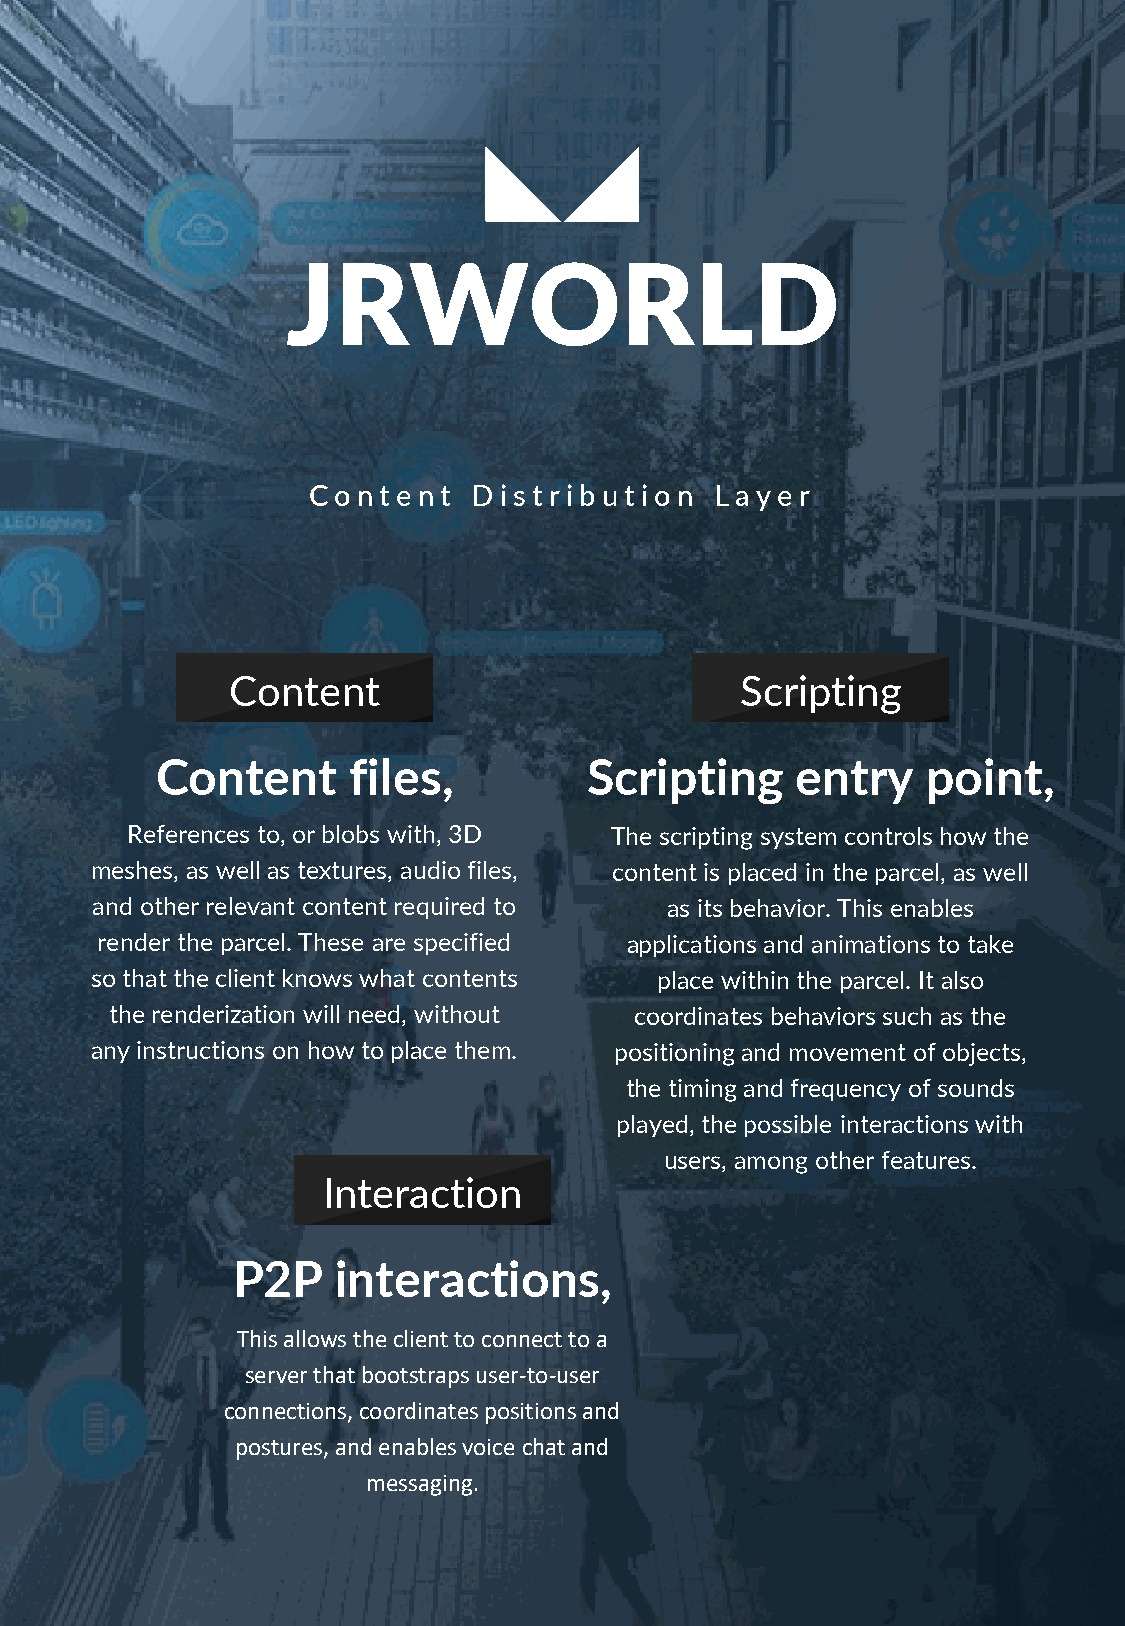
JRWORLD
 Co  ntent  Dis trib utio n Lay er
 Content                           Scripting
 Content      files,          Scripting     entry   point,
 References to, or blobs with, 3D The scripting system controls how the
 meshes, as well as textures, audio files, content is placed in the parcel, as well
 and other relevant content required to as its behavior. This enables
 render the parcel. These are specified applications and animations to take
 so that the client knows what contents place within the parcel. It also
 the renderization will need, without coordinates behaviors such as the
 any instructions on how to place them. positioning and movement of objects,
 the timing and frequency of sounds
 played, the possible interactions with
 users, among other features.
 Interaction
 P2P    interactions,
 This allows the client to connect to a
 server that bootstraps user-to-user
 connections, coordinates positions and
 postures, and enables voice chat and
 messaging.